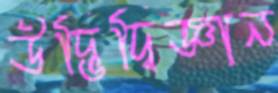
উদ্ভিদ্‌বিজ্ঞান